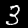
Label: 3